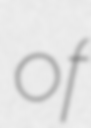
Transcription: of